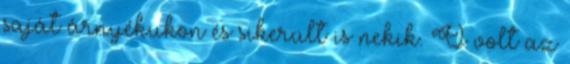
saját árnyékukon és sikerült is nekik. Ő volt az